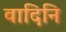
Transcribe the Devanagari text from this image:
वादिनि